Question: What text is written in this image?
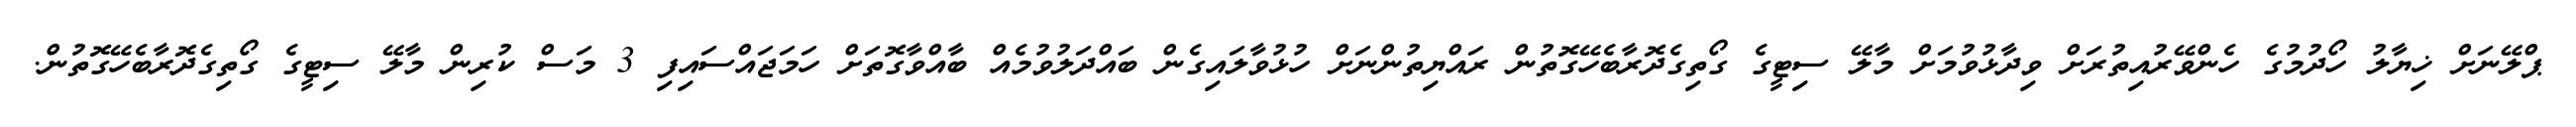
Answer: ޕްލޭނަށް ޚިޔާލު ހޯދުމުގެ ހެންވޭރުއިތުރަށް ވިދާޅުވުމަށް މާލޭ ސިޓީގެ ގޯތިގެދޮރާބެހޭގޮތުން ރައްޔިތުންނަށް ހުޅުވާލައިގެން ބައްދަލުވުމެއް ބާއްވާގޮތަށް ހަމަޖައްސައިފި 3 މަސް ކުރިން މާލޭ ސިޓީގެ ގޯތިގެދޮރާބެހޭގޮތުން.